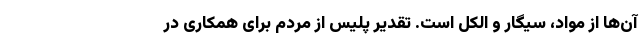
آن‌ها از مواد، سیگار و الکل است. تقدیر پلیس از مردم برای همکاری در